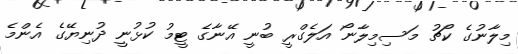
މިލާނުގެ ކޯޗު މަސިމިލާނޯ އަލެގްރީ ބުނީ އޭނާގެ ޓީމު ކުޅުނީ ދުނިޔޭގެ އެންމެ